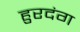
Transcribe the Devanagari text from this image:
हुरदंग